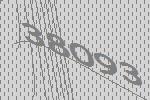
38093